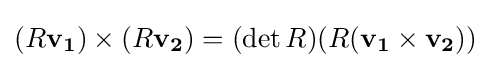
(R\mathbf {v_{1}} )\times (R\mathbf {v_{2}} )=(\det R)(R(\mathbf {v_{1}} \times \mathbf {v_{2}} ))